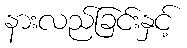
နားလည်ခြင်းနှင့်